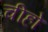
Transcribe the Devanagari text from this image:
चीहो